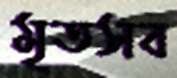
মৃতসব